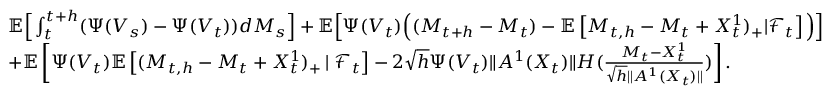
\begin{array} { r l } & { \mathbb { E } \Big [ \int _ { t } ^ { t + h } ( \Psi ( V _ { s } ) - \Psi ( V _ { t } ) ) d M _ { s } \Big ] + { \mathbb { E } \Big [ \Psi ( V _ { t } ) \Big ( ( M _ { t + h } - M _ { t } ) - \mathbb { E } \left[ M _ { t , h } - M _ { t } + X _ { t } ^ { 1 } ) _ { + } | { \mathcal F } _ { t } \right] \Big ) \Big ] } } \\ & { + \mathbb { E } \left[ \Psi ( V _ { t } ) { \mathbb { E } } \left[ ( M _ { t , h } - M _ { t } + X _ { t } ^ { 1 } ) _ { + } \left| \right. { \mathcal F } _ { t } \right] - { 2 } \sqrt h \Psi ( V _ { t } ) { \| A ^ { 1 } ( X _ { t } ) \| } { \cal H } ( \frac { M _ { t } - X _ { t } ^ { 1 } } { \sqrt h \| A ^ { 1 } ( X _ { t } ) \| } ) \right] . } \end{array}